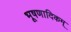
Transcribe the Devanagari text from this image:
भूषणादिकम्